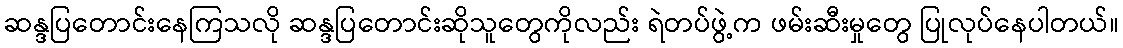
ဆန္ဒပြတောင်းနေကြသလို ဆန္ဒပြတောင်းဆိုသူတွေကိုလည်း ရဲတပ်ဖွဲ့က ဖမ်းဆီးမှုတွေ ပြုလုပ်နေပါတယ်။